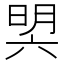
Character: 𣇴